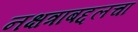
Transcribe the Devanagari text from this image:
नक्षत्राबद्दलचा